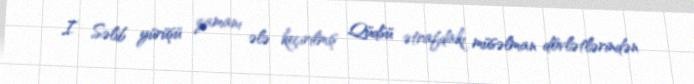
I Səlib yürüşü zamanı ələ keçirilmiş Qüdsü ətrafdakı müsəlman dövlətlərindən